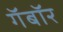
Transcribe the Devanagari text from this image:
गॅबॉर